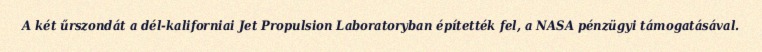
A két űrszondát a dél-kaliforniai Jet Propulsion Laboratoryban építették fel, a NASA pénzügyi támogatásával.